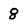
Character: 8